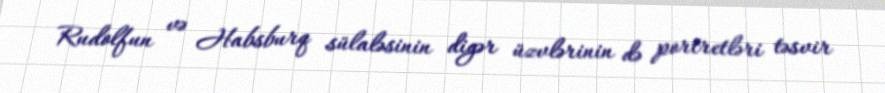
Rudolfun və Habsburq sülaləsinin digər üzvlərinin də portretləri təsvir